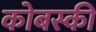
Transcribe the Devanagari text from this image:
कोबस्की